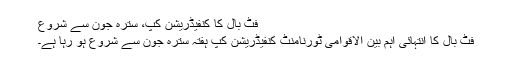
فٹ بال کا کنفيڈریشن کپ، سترہ جون سے شروع
فٹ بال کا انتہائی اہم بین الاقوامی ٹورنامنٹ کنفیڈریشن کپ ہفتہ سترہ جون سے شروع ہو رہا ہے۔